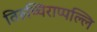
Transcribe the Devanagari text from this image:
तिरुच्चिराप्पल्लि